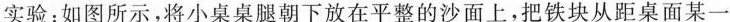
实验：如图所示，将小桌桌腿朝下放在平整的沙面上，把铁块从距桌面某一